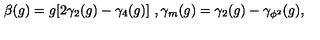
\beta ( g ) = g [ 2 \gamma _ { 2 } ( g ) - \gamma _ { 4 } ( g ) ] \ , \gamma _ { m } ( g ) = \gamma _ { 2 } ( g ) - \gamma _ { \phi ^ { 2 } } ( g ) ,